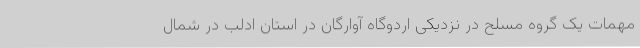
مهمات یک گروه‌ مسلح در نزدیکی اردوگاه آوارگان در استان ادلب در شمال